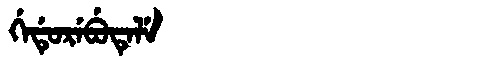
Manchu: ᡤᡝᡩᡠᡵᡝᠪᡠᡨᡝᠯᡝ
Romanization: GEDUREBUTELE